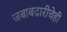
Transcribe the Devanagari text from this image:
जबाबदारीचेही